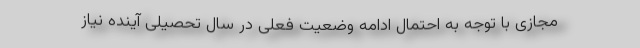
مجازی با توجه به احتمال ادامه وضعیت فعلی در سال تحصیلی آینده نیاز